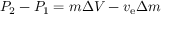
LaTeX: P _ { 2 } - P _ { 1 } = m \Delta V - v _ { \mathrm { e } } \Delta m